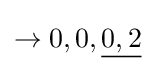
\rightarrow 0,0,{\underline {0,2}}